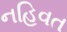
નહિવત